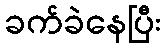
ခက်ခဲနေပြီး